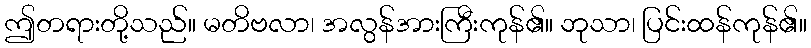
ဤတရားတို့သည်။ မတိဗလာ၊ အလွန်အားကြီးကုန်၏။ ဘုသာ၊ ပြင်းထန်ကုန်၏။